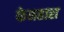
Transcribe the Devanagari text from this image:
फेनहारा